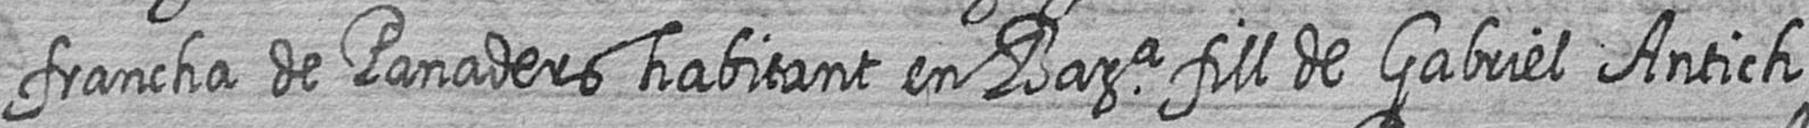
francha de Panaders habitant en Bara fill de Gabriel Antich